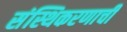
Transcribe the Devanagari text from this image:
संस्थिकरणाची